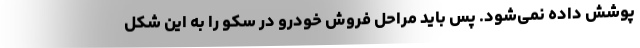
پوشش داده نمی‌شود. پس باید مراحل فروش خودرو در سکو را به این شکل